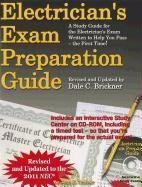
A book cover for Electrician's Exam Preparation Guide to the 2011 NEC; John E. Traister; Test Preparation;